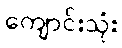
ကျောင်းသုံး